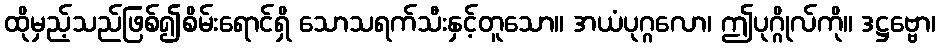
ထိုမှည့်သည်ဖြစ်၍စိမ်းရောင်ရှိ သောသရက်သီးနှင့်တူသော။ အယံပုဂ္ဂလော၊ ဤပုဂ္ဂိုလ်ကို။ ဒဋ္ဌဗ္ဗော၊